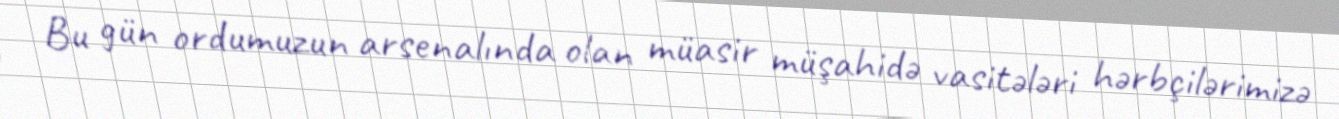
Bu gün ordumuzun arsenalında olan müasir müşahidə vasitələri hərbçilərimizə